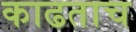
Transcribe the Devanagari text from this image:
काढताच